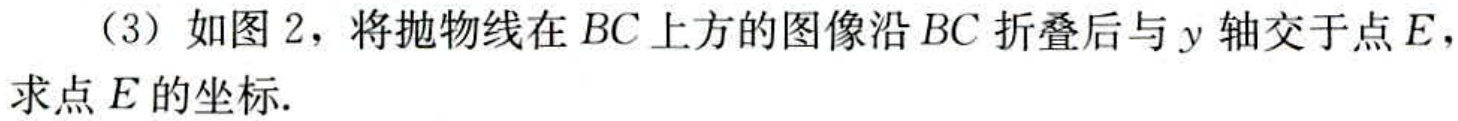
（3）如图 2，将抛物线在 \(BC\) 上方的图像沿 \(BC\) 折叠后与 \(y\) 轴交于点 \(E\)，求点 \(E\) 的坐标.